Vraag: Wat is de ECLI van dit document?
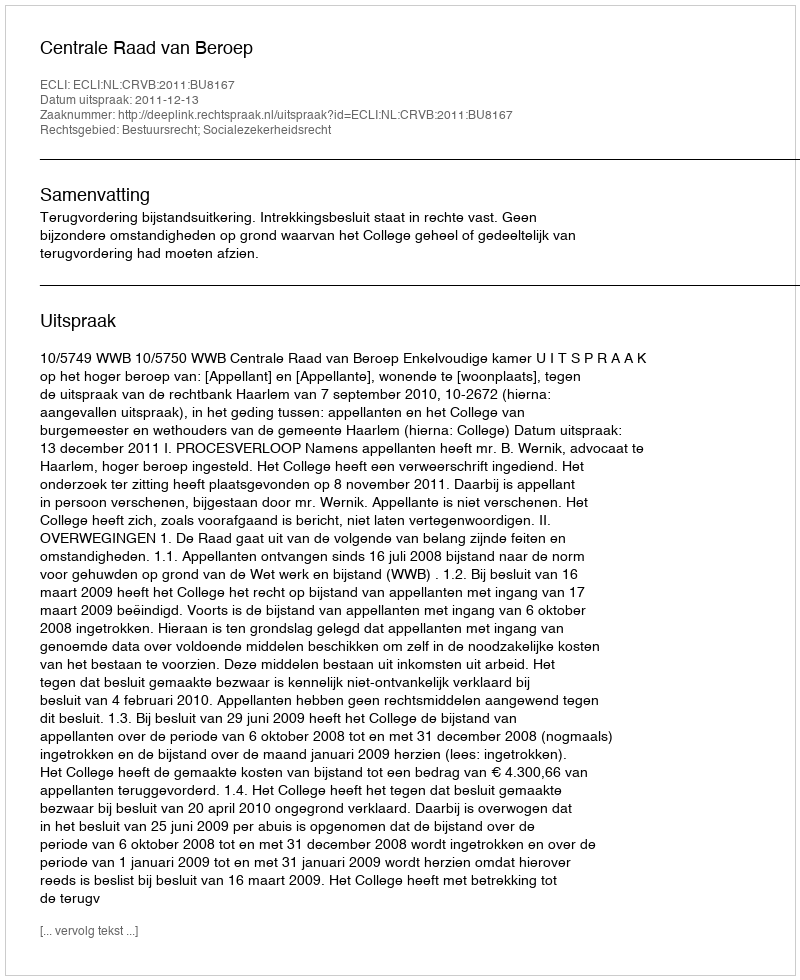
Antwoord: ECLI:NL:CRVB:2011:BU8167